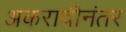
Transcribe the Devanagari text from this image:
अकरावीनंतर